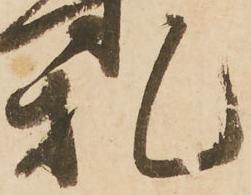
札